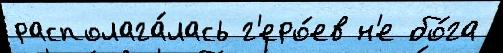
располага́лась г'еро́ев н'е бо́га